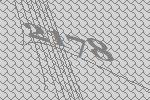
2178